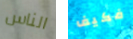
الناس فكيف